Lunatic asylums in Bengal annual reports 1899-1911 - 1899-1911
Year: 1899
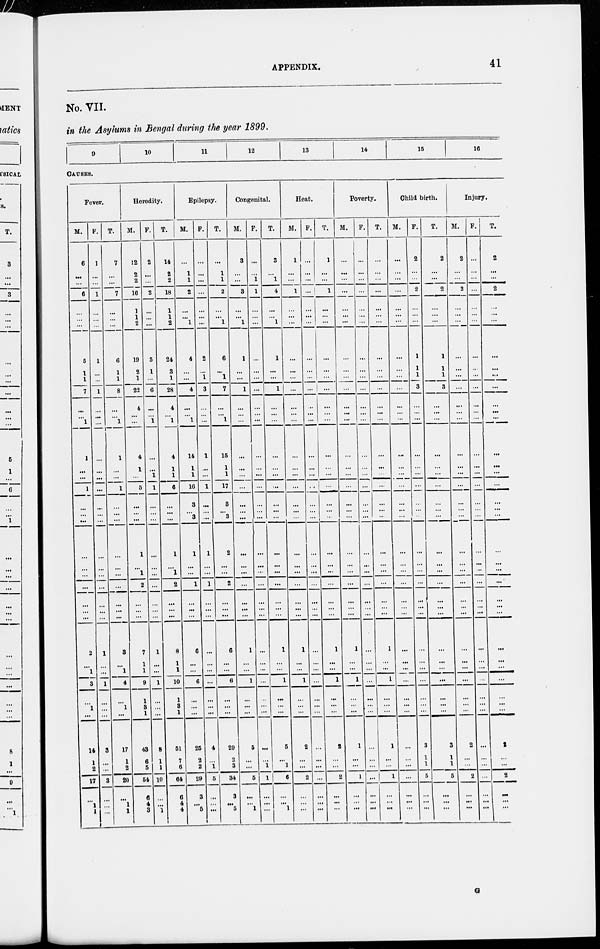
APPENDIX.
41
No. VII.
in the Asylums in Bengal during the year 1899.
9
10
11
12
13
14
15
16
CAUSES.
Fever.
M.
6
...
...
6
...
...
...
5
1
1
7
...
...
1
1
...
...
1
...
...
...
...
...
...
...
...
...
...
2
...
1
3
...
1
...
14
1
2
17
...
1
1
F.
1
...
...
1
...
...
...
1
...
...
1
...
...
...
...
...
...
...
...
...
...
...
...
...
...
...
...
...
1
...
...
1
...
...
...
3
...
...
3
...
...
...
T.
7
...
...
7
...
...
...
6
1
1
8
...
...
1
1
...
...
1
...
...
...
...
...
...
...
...
...
...
3
...
1
4
...
1
...
17
1
2
20
...
1
1
Heredity.
M.
12
2
2
16
1
1
2
19
2
1
22
4
...
...
4
1
...
5
...
...
...
1
...
1
2
...
...
...
7
1
1
9
1
3
1
43
6
5
54
6
4
3
F.
2
...
...
2
...
...
...
5
1
...
6
...
...
1
...
...
1
1
...
...
...
...
...
...
...
...
...
...
1
...
...
1
...
...
...
8
1
1
10
...
...
1
T.
14
2
2
18
1
1
2
24
3
1
28
4
...
1
4
1
1
6
...
...
...
1
...
1
2
...
...
...
8
1
1
10
1
3
1
51
7
6
64
6
4
4
Epilepsy.
M.
...
1
1
2
...
...
1
4
...
...
4
...
...
1
14
1
1
16
3
... 3
1
...
...
1
...
...
...
6
...
...
6
...
...
...
25
2
2
29
3
...
5
F.
...
...
...
...
...
...
...
2
...
1
3
...
...
...
1
...
...
1
...
...
...
1
...
...
1
...
...
...
...
...
...
...
...
...
...
4
...
1
5
...
...
...
T.
...
1
1
2
...
...
1
6
...
1
7
...
...
1
15
1
1
17
3
... 3
2
...
...
2
...
...
...
6
...
...
6
...
...
...
29
2
3
34
3
...
5
Congenital.
M.
3
...
...
3
...
...
1
1
...
...
1
...
...
...
...
...
...
...
...
...
...
...
...
...
...
...
...
...
1
...
...
1
...
...
...
5
...
...
5
...
...
1
F.
...
...
1
1
...
...
...
...
...
...
...
...
...
...
...
...
...
...
...
...
...
...
...
...
...
...
...
...
...
...
...
...
...
...
...
...
...
1
1
. . .
...
...
T.
3
...
1
4
...
...
1
1
...
...
1
...
...
...
...
...
...
...
...
...
...
...
...
...
...
...
...
...
1
...
...
1
...
...
...
5
...
1
6
...
...
1
Heat.
M.
1
...
...
1
...
...
...
...
...
...
...
...
...
...
...
...
...
...
...
...
...
...
...
...
...
...
...
...
1
...
...
1
...
...
...
2
...
...
2
...
...
...
F.
...
...
...
...
...
...
...
...
...
...
...
...
...
...
...
...
...
...
...
...
...
...
...
...
...
...
...
...
...
...
...
...
...
...
...
...
...
...
...
...
...
...
T.
1
...
...
1
...
...
...
...
...
...
...
...
...
...
...
...
...
...
...
...
...
...
...
...
...
...
...
...
1
...
...
1
...
...
...
2
...
...
2
...
...
...
Poverty.
M.
...
...
...
...
...
...
...
...
...
...
...
...
...
...
...
...
...
...
...
...
...
...
...
...
...
...
...
...
1
...
...
1
...
...
...
1
...
...
1
...
...
...
F.
...
...
...
...
...
...
...
...
...
...
...
...
...
...
...
...
...
...
...
...
...
...
...
...
...
...
...
...
...
...
...
...
...
...
...
...
...
...
...
...
...
...
T.
...
...
...
...
...
...
...
...
...
...
...
...
...
...
...
...
...
...
...
...
...
...
...
...
...
...
...
1
...
...
1
...
...
...
1
...
...
1
...
...
...
Child birth.
M.
...
...
...
...
...
...
...
...
...
...
...
...
...
...
...
...
...
...
...
...
...
...
...
...
...
...
...
...
...
...
...
...
...
...
...
...
...
...
...
...
...
...
F.
2
...
...
2
...
...
...
1
1
1
3
...
...
...
...
...
...
...
...
...
...
...
...
...
...
...
...
...
...
...
...
...
...
...
...
3
1
1
5
...
...
...
T.
2
...
...
2
...
...
...
1
1
1
3
...
...
...
...
...
...
...
...
...
...
...
...
...
...
...
...
...
...
...
...
...
...
...
...
3
1
1
5
...
...
...
Injury.
M.
2
...
...
2
...
...
...
...
...
...
...
...
...
...
...
...
...
...
...
...
...
...
...
...
...
...
...
...
...
...
...
...
...
...
...
2
...
...
2
...
...
...
F.
...
...
...
...
...
...
...
...
...
...
...
...
...
...
...
...
...
...
...
...
...
...
...
...
...
...
...
...
...
...
...
...
...
...
...
...
...
...
...
...
...
...
T.
2
...
...
2
...
...
...
...
...
...
...
...
...
...
...
...
...
...
...
...
...
...
...
...
...
...
...
...
...
...
...
...
...
...
...
2
...
...
2
...
...
...
G